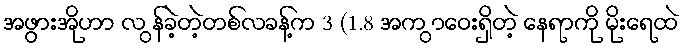
အဖွားအိုဟာ လ ွန်ခဲ့တဲ့တစ်လခန့်က 3 (1.8 အက ွာဝေးရှိတဲ့ နေရာကို မိုးရေထဲ